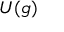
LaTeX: U ( { \mathfrak { g } } )